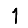
Digit: 1